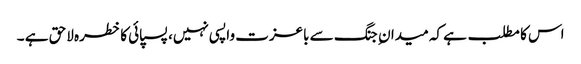
اس کا مطلب ہے کہ میدان ِ جنگ سے باعزت واپسی نہیں، پسپائی کا خطرہ لاحق ہے ۔